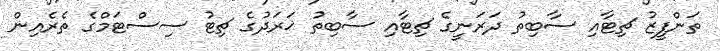
ތަންފީޒު ޗިޓާއި ސާބިތު ދަރަނީގެ ޗިޓާއި ސާބިތު ޚަރަދުގެ ޗިޓު ސިސްޓަމްގެ ތެރެއިން